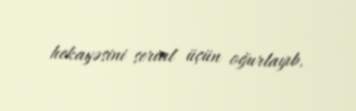
hekayəsini serial üçün oğurlayıb.